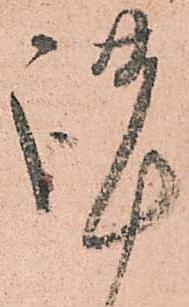
謹